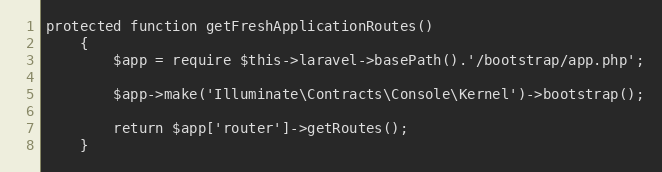
Language: PHP
protected function getFreshApplicationRoutes()
	{
		$app = require $this->laravel->basePath().'/bootstrap/app.php';

		$app->make('Illuminate\Contracts\Console\Kernel')->bootstrap();

		return $app['router']->getRoutes();
	}